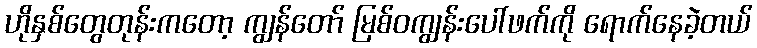
ဟိုနှစ်တွေတုန်းကတော့ ကျွန်တော် မြစ်ဝကျွန်းပေါ်ဖက်ကို ရောက်နေခဲ့တယ်